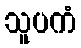
သူပကံ